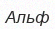
Альф